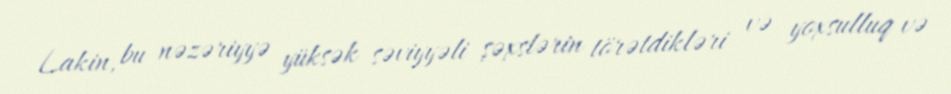
Lakin, bu nəzəriyyə yüksək səviyyəli şəxslərin törətdikləri və yoxsulluq və